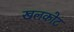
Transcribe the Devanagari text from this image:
खलकोट